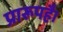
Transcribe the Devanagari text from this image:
प्रारूपहै।